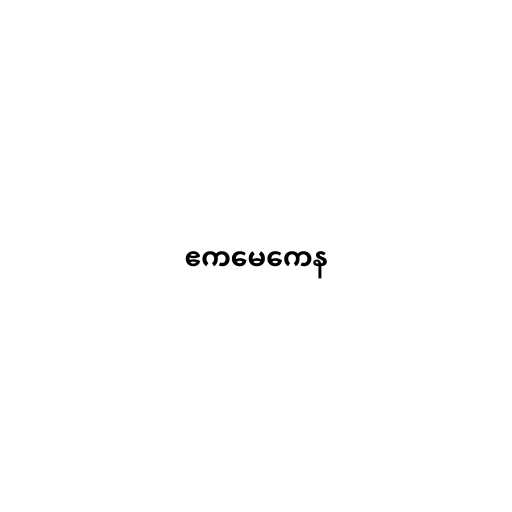
ဧကမေကေန